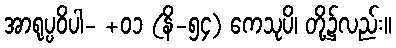
အာရုပ္ပဝိပါ- +၀၁ (နိ-၅၄) ကေသုပိ၊ တို့၌လည်း။